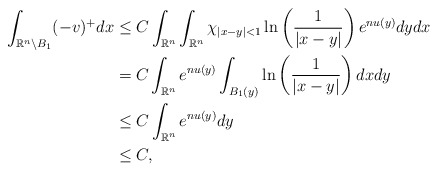
\begin{align*}\int_{\mathbb{R}^n\backslash B_1}(-v)^+ dx&\leq C \int_{\mathbb{R}^n}\int_{\mathbb{R}^n}\chi_{|x-y|<1} \ln \left(\frac{1}{|x-y|}\right)e^{nu(y)}dydx\\&= C\int_{\mathbb{R}^n} e^{nu(y)} \int_{B_1(y)}\ln \left( \frac{1}{|x-y|}\right) dxdy\\&\leq C \int_{\mathbb{R}^n} e^{nu(y)} dy\\&\leq C,\end{align*}